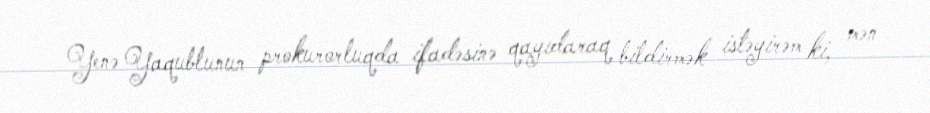
Yenə Yaqublunun prokurorluqda ifadəsinə qayıdaraq bildirmək istəyirəm ki, mən